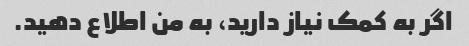
اگر به کمک نیاز دارید، به من اطلاع دهید.